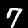
Digit: 7